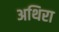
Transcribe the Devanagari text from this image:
अथिरा